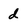
Character: d